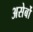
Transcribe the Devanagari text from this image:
असेर्बो